Senior Leaving Certificate Examination (including Day School Certificate (Higher) General paper), 1950
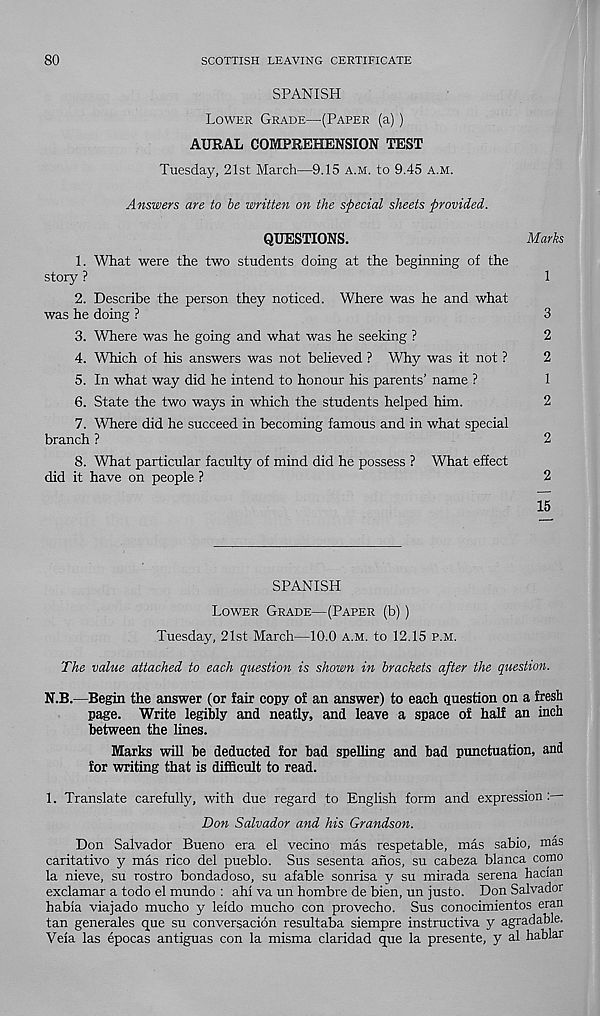
80
SCOTTISH LEAVING CERTIFICATE
SPANISH
Lower Grade—(Paper (a) )
AURAL COMPREHENSION TEST
Tuesday, 21st March—9.15 a.m. to 9.45 a.m.
Answers are to be written on the special sheets provided.
QUESTIONS.
Marks
1. What were the two students doing at the beginning of the
story ?
1
2. Describe the person they noticed. Where was he and what
was he doing ?
3
3. Where was he going and what was he seeking ?
2
4. Which of his answers was not believed ? Why was it not ?
2
5. In what way did he intend to honour his parents’ name ?
1
6. State the two ways in which the students helped him.
2
7. Where did he succeed in becoming famous and in what special
branch ?
2
8. What particular faculty of mind did he possess ? What effect
did it have on people ?
2
15
SPANISH
Lower Grade—(Paper (b) )
Tuesday, 21st March—10.0 a.m. to 12.15 p.m.
The value attached to each question is shown in brackets after the question.
N.B.—Begin the answer (or fair copy of an answer) to each question on a fresh
page. Write legibly and neatly, and leave a space of half an inch
between the lines.
Marks will be deducted for bad spelling and bad punctuation, and
for writing that is difficult to read.
1. Translate carefully, with due regard to English form and expression
Don Salvador and his Grandson.
Don Salvador Bueno era el vecino mas respetable, mas sabio, mas
caritativo y mas rico del pueblo. Sus sesenta anos, su cabeza blanca como
la nieve, su rostro bondadoso, su afable sonrisa y su mirada serena hacian
exclamar a todo el mundo : ahi va un hombre de bien, un justo. Don Salvador
habia viajado mucho y leido mucho con provecho. Sus conocimientos eran
tan generales que su conversacion resultaba siempre instructiva y agradable.
Veia las epocas antiguas con la misma claridad que la presente, y al hablar